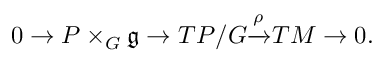
0 \to P \times _ { G } { \mathfrak { g } } \to T P / G { \xrightarrow { \rho } } T M \to 0 .